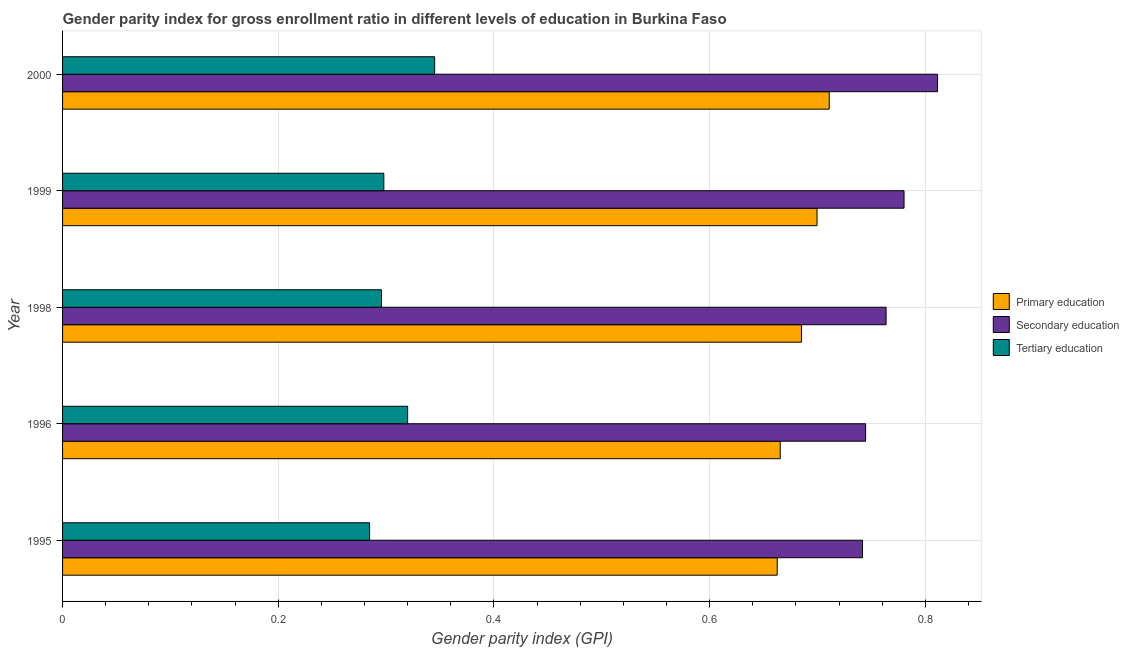
| Year | Primary education | Secondary education | Tertiary education |
 | --- | --- | --- | --- |
 | 1995 | 0.663 | 0.742 | 0.285 |
 | 1996 | 0.665 | 0.745 | 0.32 |
 | 1998 | 0.685 | 0.764 | 0.296 |
 | 1999 | 0.7 | 0.78 | 0.298 |
 | 2000 | 0.711 | 0.811 | 0.345 |